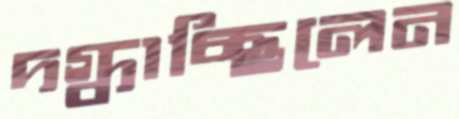
দগ্ধাচ্ছিলেন